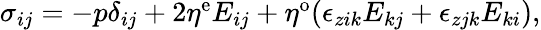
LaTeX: \begin{array}{r}{\sigma_{ij}=-p\delta_{ij}+2\eta^{\mathrm{e}}E_{ij}+\eta^{\mathrm{o}}(\epsilon_{zik}E_{kj}+\epsilon_{zjk}E_{ki}),}\end{array}